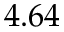
4 . 6 4